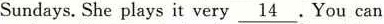
Sundays.She plays it very\underline{14}.You can